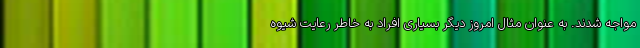
مواجه شدند. به عنوان مثال امروز دیگر بسیارى افراد به خاطر رعایت شیوه